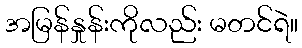
အမြန်နှုန်းကိုလည်း မတင်ရဲ။